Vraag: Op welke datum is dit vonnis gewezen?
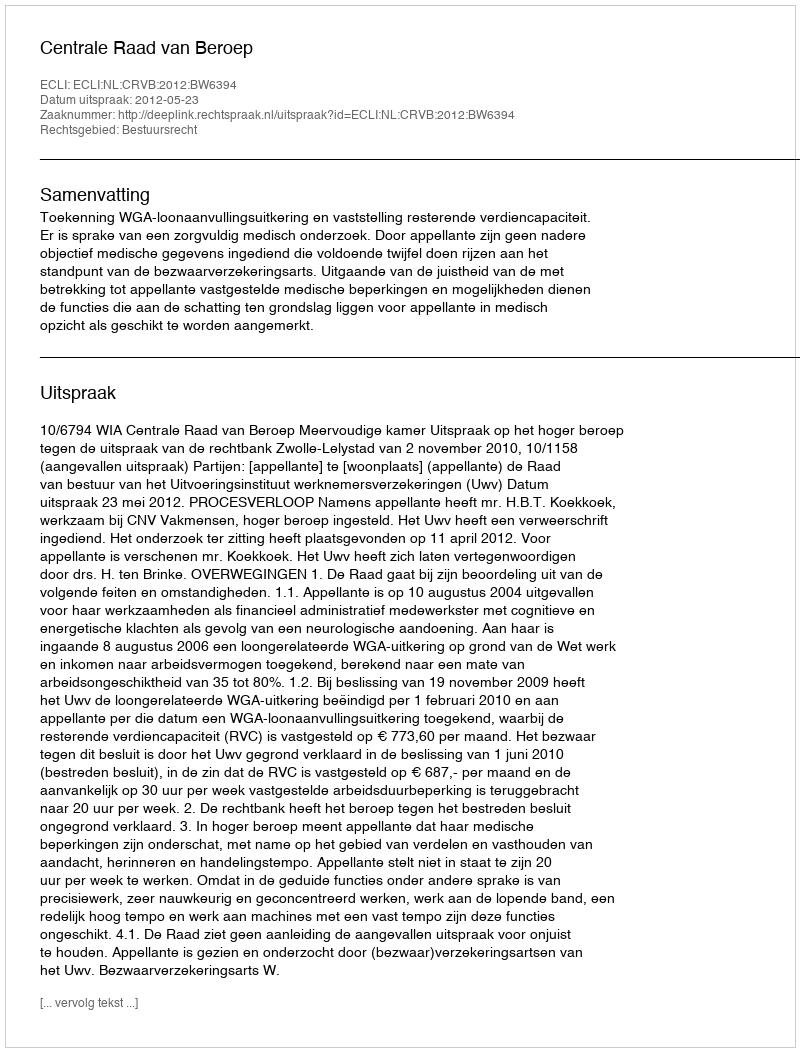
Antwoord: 2012-05-23